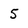
Character: 5